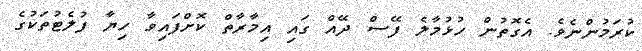
ކުރަމުންނެވެ. އެގޮތުން ހުޅުމާލެ ފޭސް ދޭއް ގައި އިމާރާތް ކޮށްފައިވާ ހިޔާ ފުލެޓުތަކުގެ